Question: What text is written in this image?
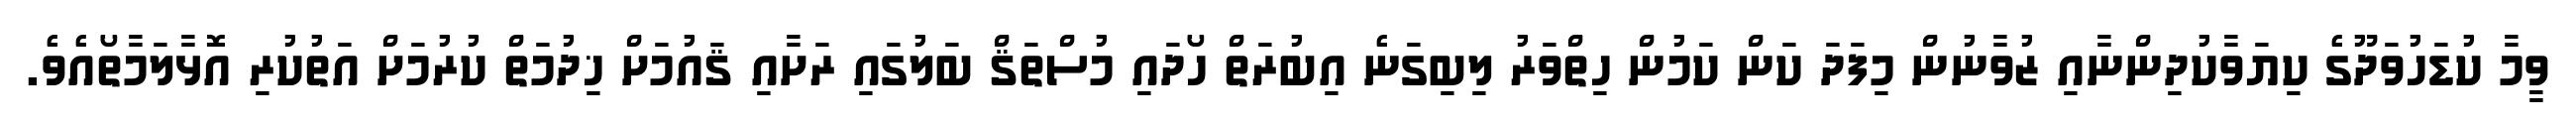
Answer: ވީމާ ކުޑަހުވަދޫގެ ކިޔަވާކުދިންނާއި ޒުވާނުން މިފަދަ ކަން ކަމުން ހިތްވަރު ލިބިގަނެ އިބުރަތް ހޯދައި މުސްތަޤް ބަލުގައި ރަށާއި ޤައުމަށް ޚިދުމަތް ކުރުމަށް އަތުކުރި އޮޅާލަމާތޯއެވެ.